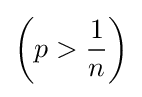
{\left(p>{\frac {1}{n}}\right)}